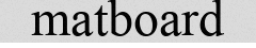
matboard